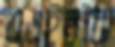
এএইচকে